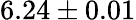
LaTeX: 6.24\pm 0.01